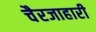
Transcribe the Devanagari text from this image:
चैरजाहारी